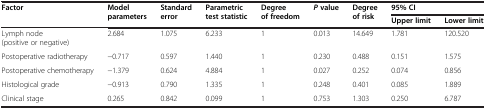
<table><thead><tr><td><b>Factor</b></td><td><b>Model parameters</b></td><td><b>Standard error</b></td><td><b>Parametric test statistic</b></td><td><b>Degree of freedom</b></td><td><b><i>P </i>value</b></td><td><b>Degree of risk</b></td><td colspan="2"><b>95% CI</b></td></tr><tr><td><b> </b></td><td><b> </b></td><td><b> </b></td><td><b> </b></td><td><b> </b></td><td><b> </b></td><td><b> </b></td><td><b>Upper limit</b></td><td><b>Lower limit</b></td></tr></thead><tbody><tr><td>Lymph node (positive or negative)</td><td>2.684</td><td>1.075</td><td>6.233</td><td>1</td><td>0.013</td><td>14.649</td><td>1.781</td><td>120.520</td></tr><tr><td>Postoperative radiotherapy</td><td>−0.717</td><td>0.597</td><td>1.440</td><td>1</td><td>0.230</td><td>0.488</td><td>0.151</td><td>1.575</td></tr><tr><td>Postoperative chemotherapy</td><td>−1.379</td><td>0.624</td><td>4.884</td><td>1</td><td>0.027</td><td>0.252</td><td>0.074</td><td>0.856</td></tr><tr><td>Histological grade</td><td>−0.913</td><td>0.790</td><td>1.335</td><td>1</td><td>0.248</td><td>0.401</td><td>0.085</td><td>1.889</td></tr><tr><td>Clinical stage</td><td>0.265</td><td>0.842</td><td>0.099</td><td>1</td><td>0.753</td><td>1.303</td><td>0.250</td><td>6.787</td></tr></tbody></table>